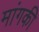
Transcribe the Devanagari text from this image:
मांगकी